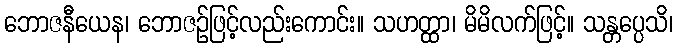
ဘောဇနီယေန၊ ဘောဇဉ်ဖြင့်လည်းကောင်း။ သဟတ္ထာ၊ မိမိလက်ဖြင့်။ သန္တပ္ပေသိ၊